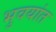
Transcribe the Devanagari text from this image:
भुवयांत